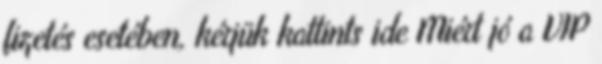
fizetés esetében, kérjük kattints ide Miért jó a VIP